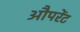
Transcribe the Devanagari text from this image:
औपरेंट